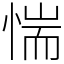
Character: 惴